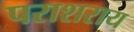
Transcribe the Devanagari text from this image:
पराशराय